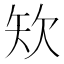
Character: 𥎯